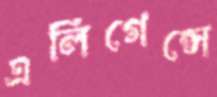
এলিগেন্সে